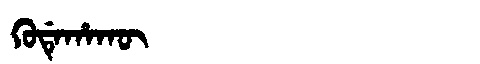
Manchu: ᡴᡠᡩᡝᡥᠠᡴᡡ
Romanization: KUDEHAKŪ